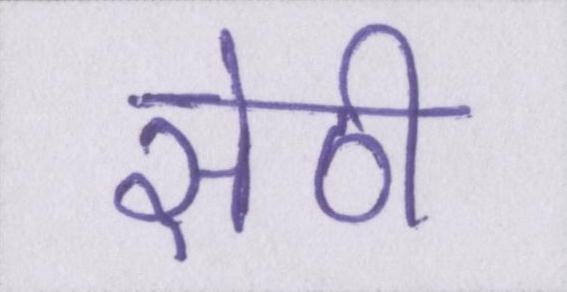
सेठी